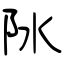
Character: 阥